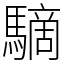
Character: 䮰